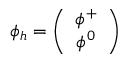
\phi _ { h } = \left( \begin{array} { c } { { \phi ^ { + } } } \\ { { \phi ^ { 0 } } } \end{array} \right)